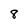
Character: 8